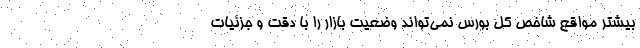
بیشتر مواقع شاخص کل بورس نمی‌تواند وضعیت بازار را با دقت و جزئیات